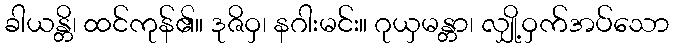
ခါယန္တိ၊ ထင်ကုန်၏။ ဒုဇိဝှ၊ နဂါးမင်း။ ဂုယှမန္တာ၊ လျှို့ဝှက်အပ်သော